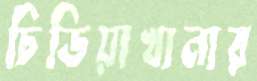
চিডিয়াখানার